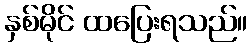
နှစ်မိုင် ထပြေးရသည်။